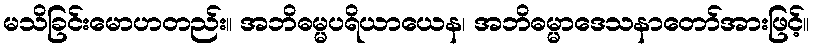
မသိခြင်းမောဟတည်း။ အဘိဓမ္မပရိယာယေန၊ အဘိဓမ္မာဒေသနာတော်အားဖြင့်။